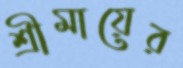
শ্রীমায়ের